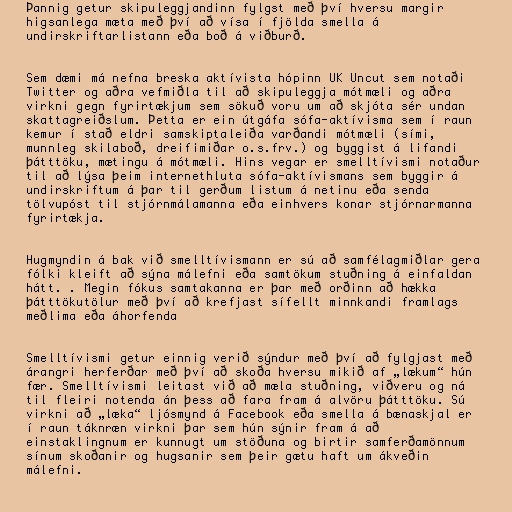
Þannig getur skipuleggjandinn fylgst með því hversu margir
higsanlega mæta með því að vísa í fjölda smella á
undirskriftarlistann eða boð á viðburð.

Sem dæmi má nefna breska aktívista hópinn UK Uncut sem notaði
Twitter og aðra vefmiðla til að skipuleggja mótmæli og aðra
virkni gegn fyrirtækjum sem sökuð voru um að skjóta sér undan
skattagreiðslum. Þetta er ein útgáfa sófa-aktívisma sem í raun
kemur í stað eldri samskiptaleiða varðandi mótmæli (sími,
munnleg skilaboð, dreifimiðar o.s.frv.) og byggist á lifandi
þátttöku, mætingu á mótmæli. Hins vegar er smelltívismi notaður
til að lýsa þeim internethluta sófa-aktívismans sem byggir á
undirskriftum á þar til gerðum listum á netinu eða senda
tölvupóst til stjórnmálamanna eða einhvers konar stjórnarmanna
fyrirtækja.

Hugmyndin á bak við smelltívismann er sú að samfélagmiðlar gera
fólki kleift að sýna málefni eða samtökum stuðning á einfaldan
hátt. . Megin fókus samtakanna er þar með orðinn að hækka
þátttökutölur með því að krefjast sífellt minnkandi framlags
meðlima eða áhorfenda

Smelltívismi getur einnig verið sýndur með því að fylgjast með
árangri herferðar með því að skoða hversu mikið af „lækum“ hún
fær. Smelltívismi leitast við að mæla stuðning, viðveru og ná
til fleiri notenda án þess að fara fram á alvöru þátttöku. Sú
virkni að „læka“ ljósmynd á Facebook eða smella á bænaskjal er
í raun táknræn virkni þar sem hún sýnir fram á að
einstaklingnum er kunnugt um stöðuna og birtir samferðamönnum
sínum skoðanir og hugsanir sem þeir gætu haft um ákveðin
málefni.